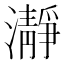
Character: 瀞